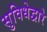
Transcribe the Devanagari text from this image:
सुविधेद्वारे